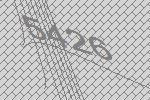
5426